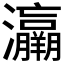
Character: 𤅘